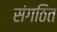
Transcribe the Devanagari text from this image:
संगठित